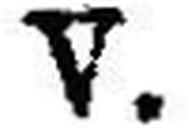
V.